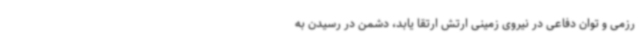
رزمی و توان دفاعی در نیروی زمینی ارتش ارتقا یابد، دشمن در رسیدن به